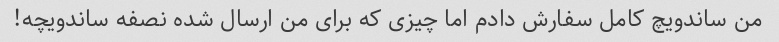
من ساندویچ کامل سفارش دادم اما چیزی که برای من ارسال شده نصفه ساندویچه!